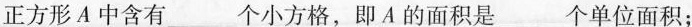
正方形A中含有___个小方格，即A的面积是___个单位面积；